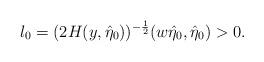
LaTeX: \begin{align*}l_0=(2H(y,\hat\eta_0))^{-\frac{1}{2}}(w\hat\eta_0,\hat\eta_0)>0.\end{align*}